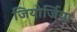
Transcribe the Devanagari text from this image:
जियोर्जिया